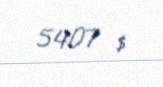
5407 $